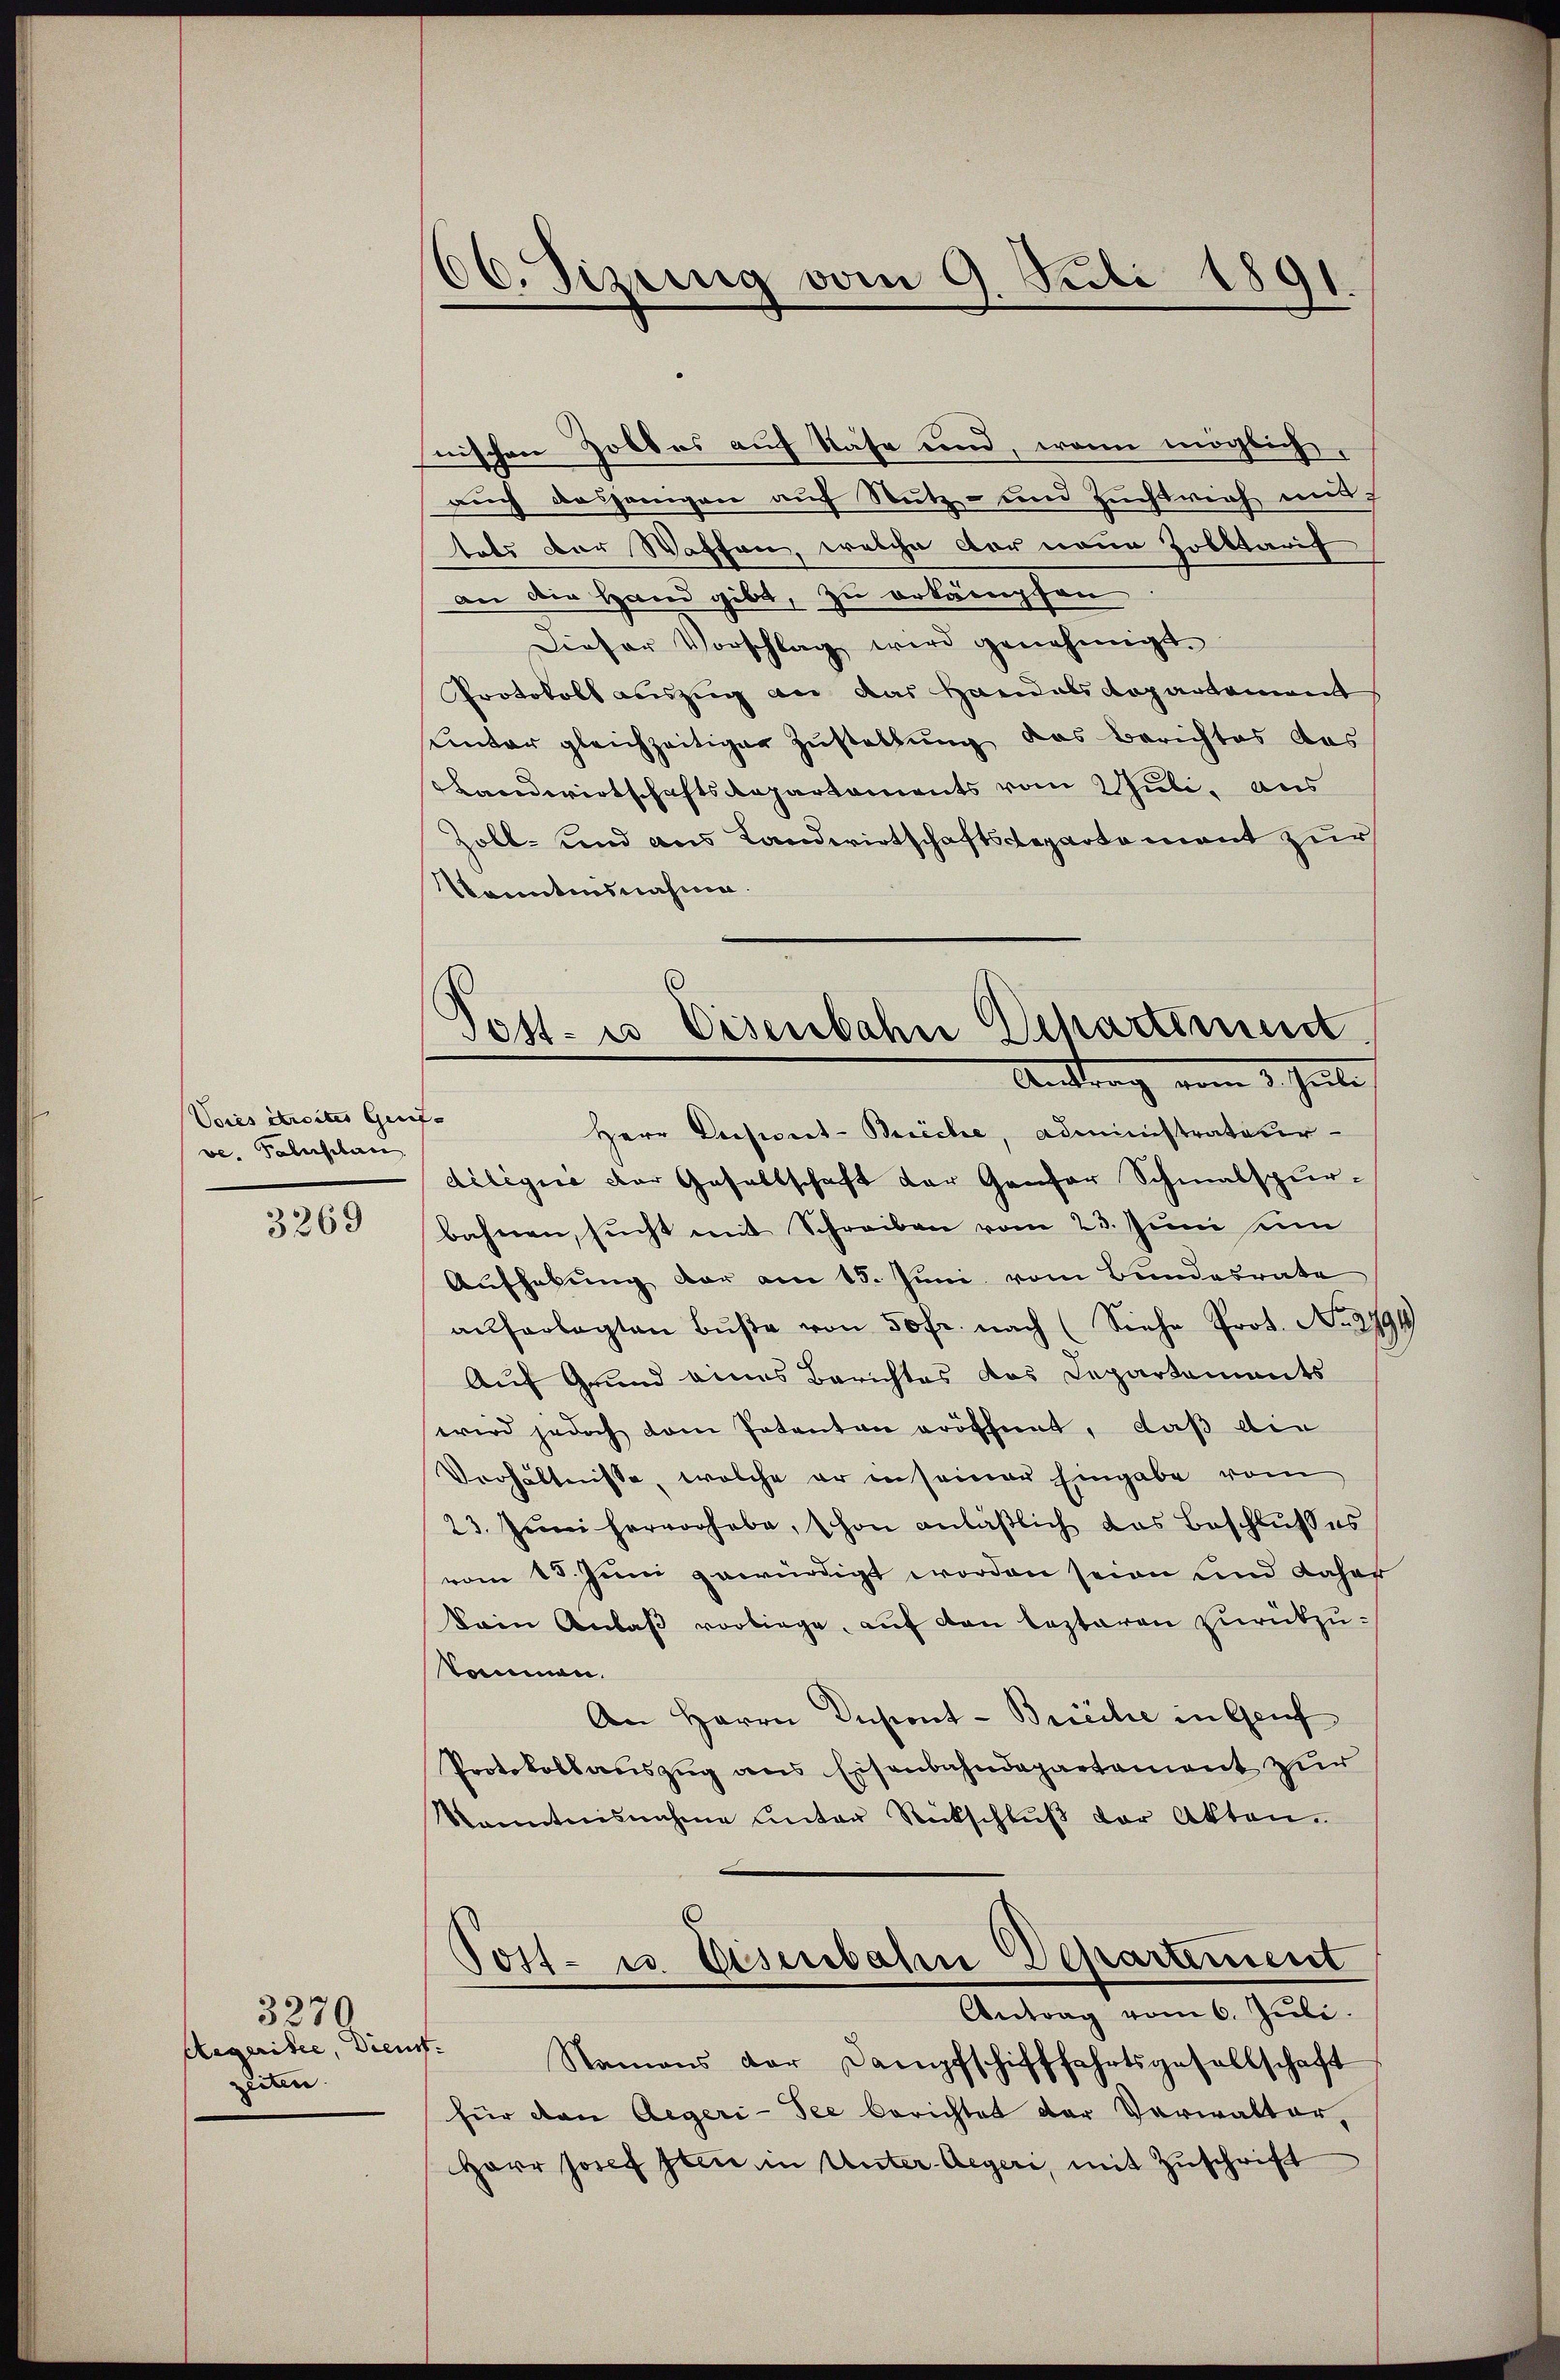
Vores étraites Gent
ve. Palusbau

3269

3279
Aegeritte, Dienst.
zeiten.

nischen Zolles auf Nase und, wenn möglich,
auch dasjenigen auf Nutz- und Zuchtrich mit
tets der Waffen, welche der neue Zolltarif
an die Hand gibt, zu erkämpfen
Dieser Vorschlag wird genehmigt.
Protokoll auszug an das Handals Repartement
unter gleichzeitiger Zustellung das Berichtes das
Landwirtschaftsdepartements vom 2 Juli, aus
Zoll- und aus Landwirtschaftsdepartement zur
Konntesnahme.

66. Fizung vom 9. Juli 1891.

.
Post- u Eisenbahn Departement
Anstrag vom 3. Juli

e
Herr Dreporet-Beriche, Administrateur
diligić der Gesellschaft der Genfer Schmalspur-
bahnen, sucht mit Schreiben vom 23. Juni um
Aŭfhebŭng der am 15. Jŭni vom Bundesrate
auferlegten Bŭβe von 50 fr. nach (Siehe Prot. No. 2791
Auf Grund eines Berichtes das Departements
wird jedoch dem Patenten eröffent, daß die
Verhältnisse, welche er in seiner Eingabe vom
23. Jŭni hervorhabe, schon anläβlich das Beschlŭsses
vom 15. Juni gewürdigt worden seien und daher
kain Anlaß vorliege, auf den lezteren zurückzukommen.
An Herrn Dusont - Brüche in Genf
Protokollauszug aus Eisenbahndepartement zur
kanntnisnahme unter Rückschlŭβ der Akten.
Post- u. Eisenbahn Departiment
Antrag vom 6. Juli.
Namens der Dampfschifffahrtsgesellschaft
für dan Aegeri-See berichtet der Verwalter,
Herr Josef sein in Unter-Aeger, mit Zuschrift